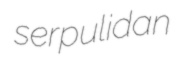
serpulidan